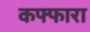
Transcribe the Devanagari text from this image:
कफ्फारा